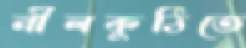
নীলকুঠিতে